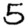
Digit: 5